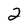
Character: 2